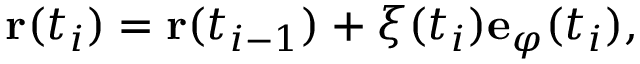
\mathbf { r } ( t _ { i } ) = \mathbf { r } ( t _ { i - 1 } ) + \xi ( t _ { i } ) \mathbf { e } _ { \varphi } ( t _ { i } ) ,